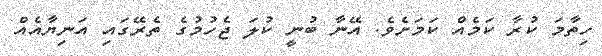
ހިތާމަ ކުރާ ކަމެއް ކަމަށެވެ. އޭނާ ބުނީ ކުލަ ޖެހުމުގެ ތެރޭގައި އަނިޔާއެއް